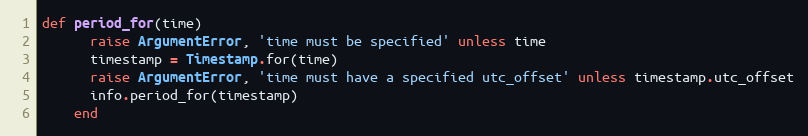
Language: Ruby
def period_for(time)
      raise ArgumentError, 'time must be specified' unless time
      timestamp = Timestamp.for(time)
      raise ArgumentError, 'time must have a specified utc_offset' unless timestamp.utc_offset
      info.period_for(timestamp)
    end